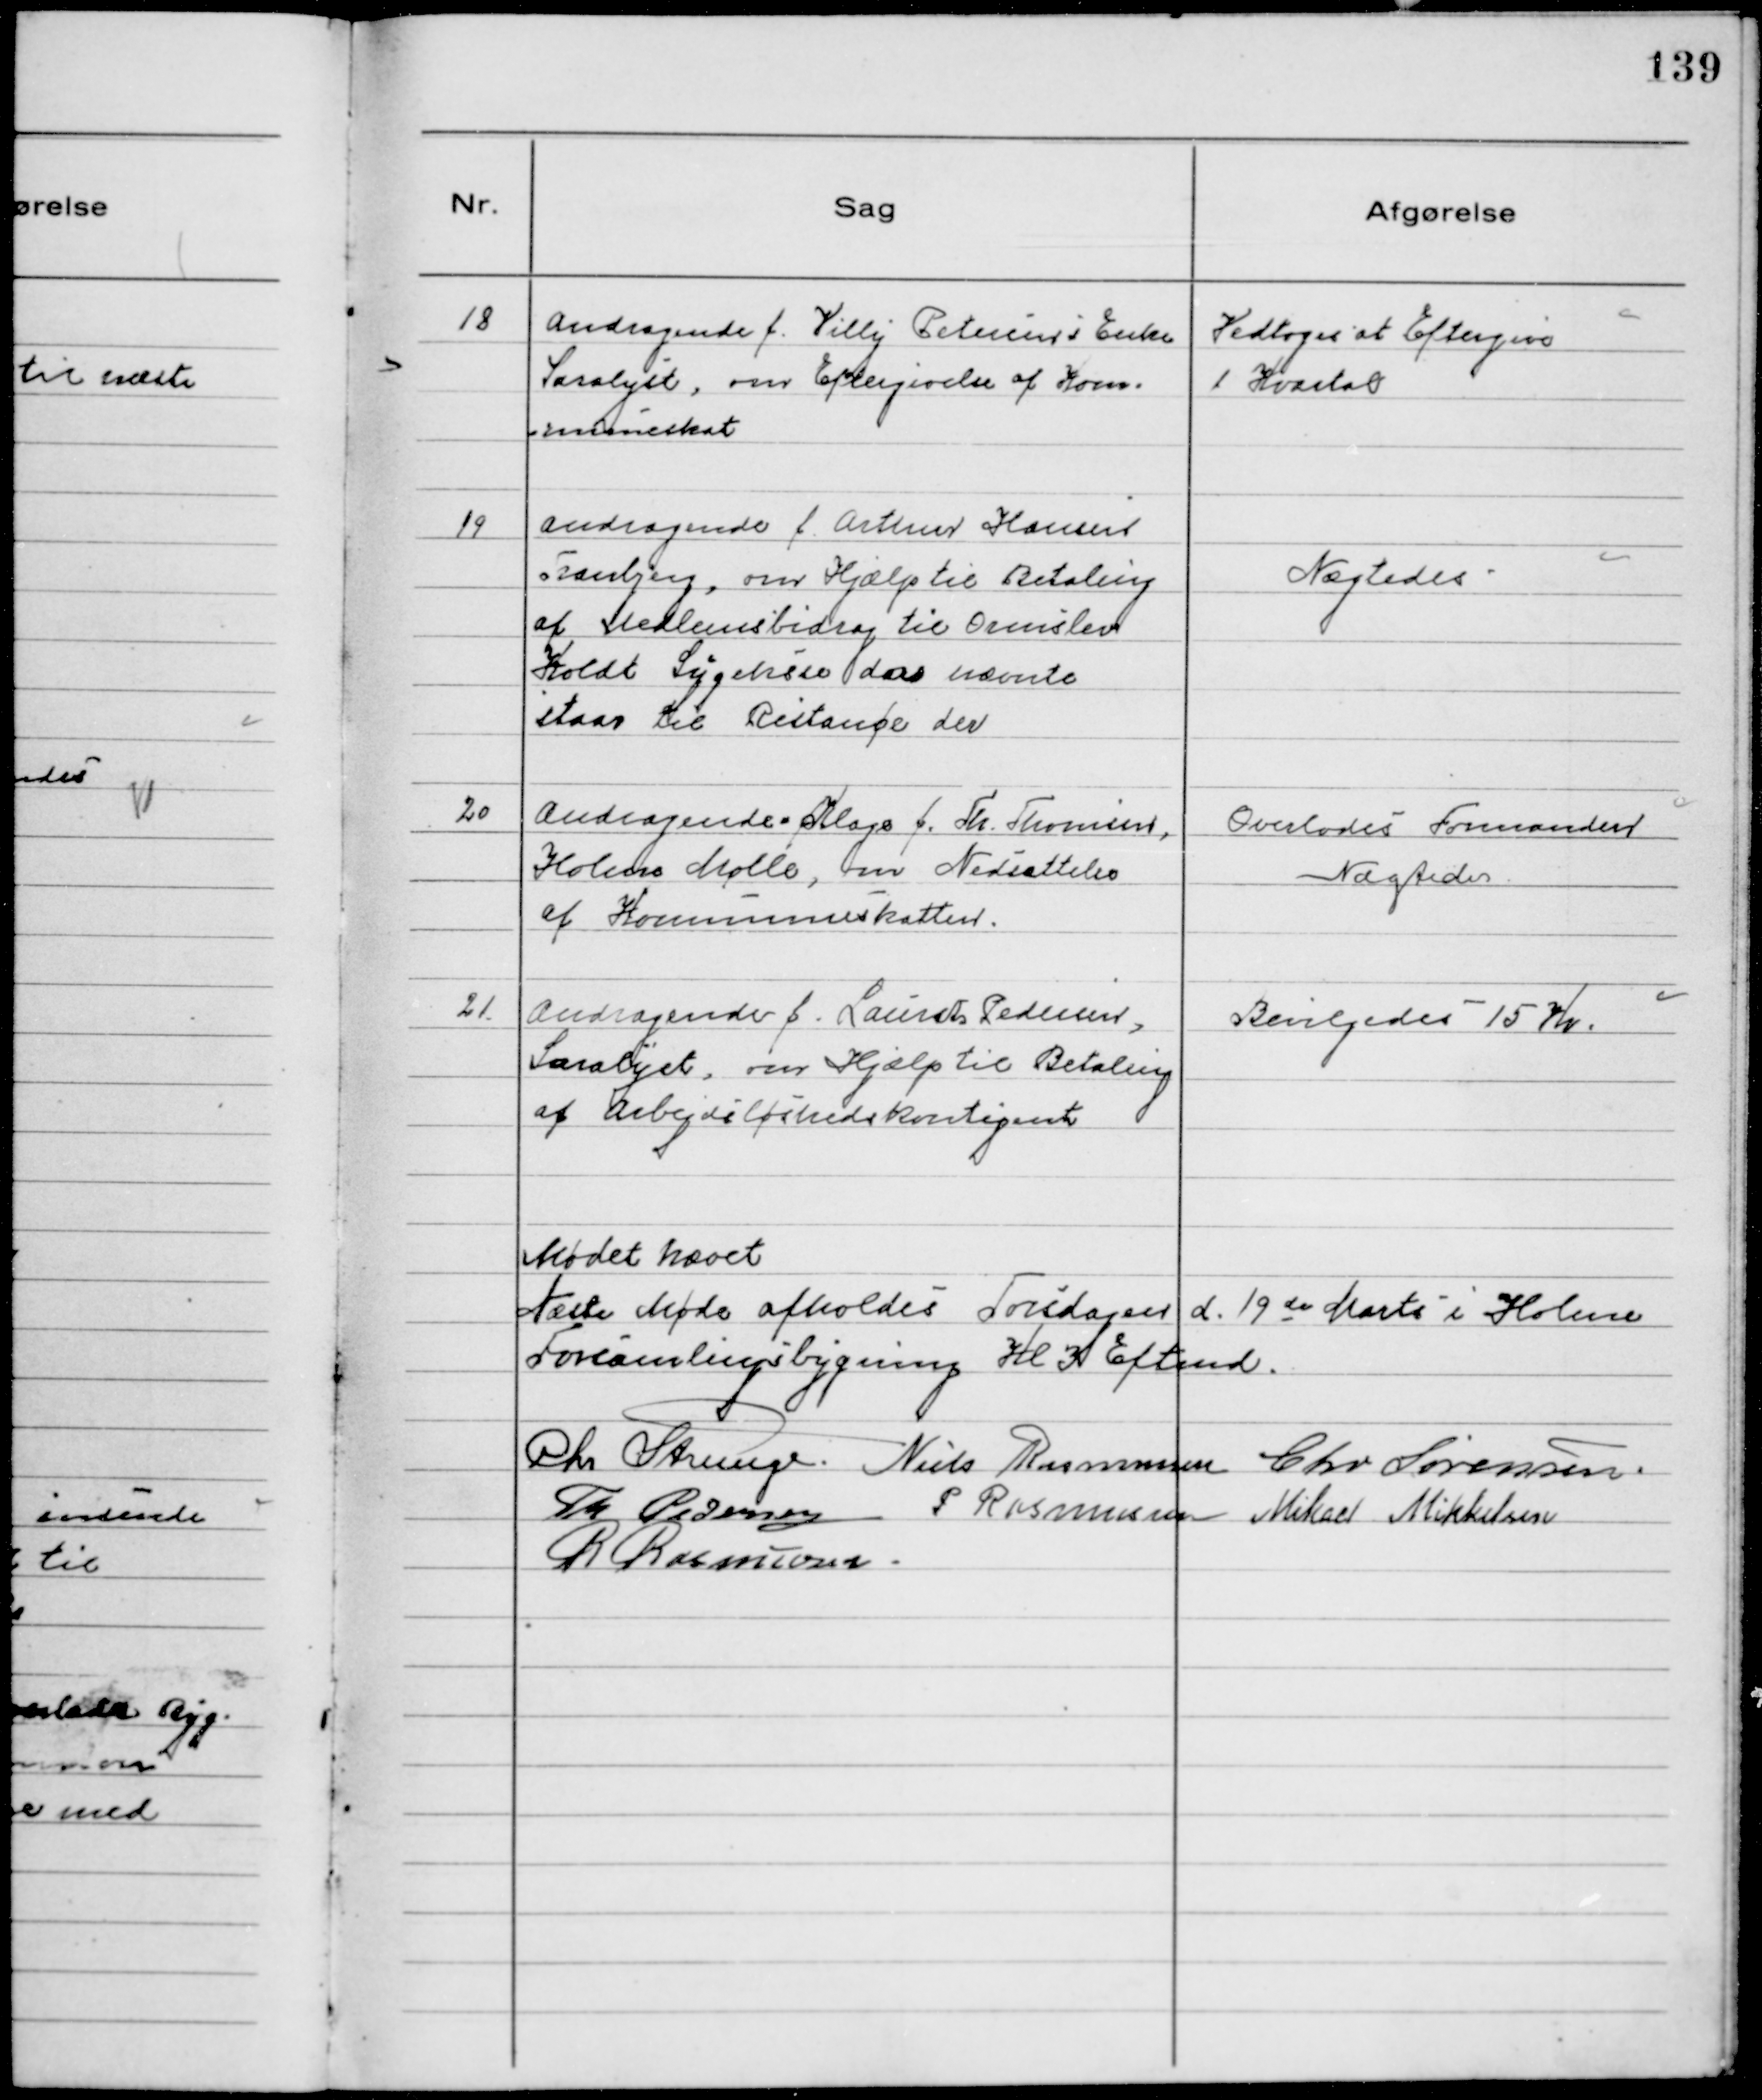
Transskription:
18
Andragende f. Villy Petersens Enke
Saralyst, om Eftergivelse af Kom-
muneskat

Vedtoges at Eftergive
1 Kvartal

19
Andragende f. Arthur Hansen
Tranbjerg, om Hjælp til Betaling
af Medlemsbidrag til Ormslev
Koldt Sygeksse da nævnte
staar til Restance der

Nægtedes

20
Andragende - Klage f. Th. Thomsen
Holme Mølle, om Nedsættelse
af Kommuneskatten.

Overlodes Formanden
Nægtedes

21.
Andragende f. Laurits Pedersen
Saralyst, om Hjælp til Betaling
af Arbejdsløshedskontigent

Bevilgedes 15 Kr.

Mødet hævet
Næste Møde afholdes Torsdagen d. 19 de Marts i Holme
Forsamlingsbygning Kl 3 Eftemd.
Chr Strunge. Niels Rasmussen Chr Sørensen.
Th Pedersen P Rasmussen Mikael Mikkelsen
R Rasmussen